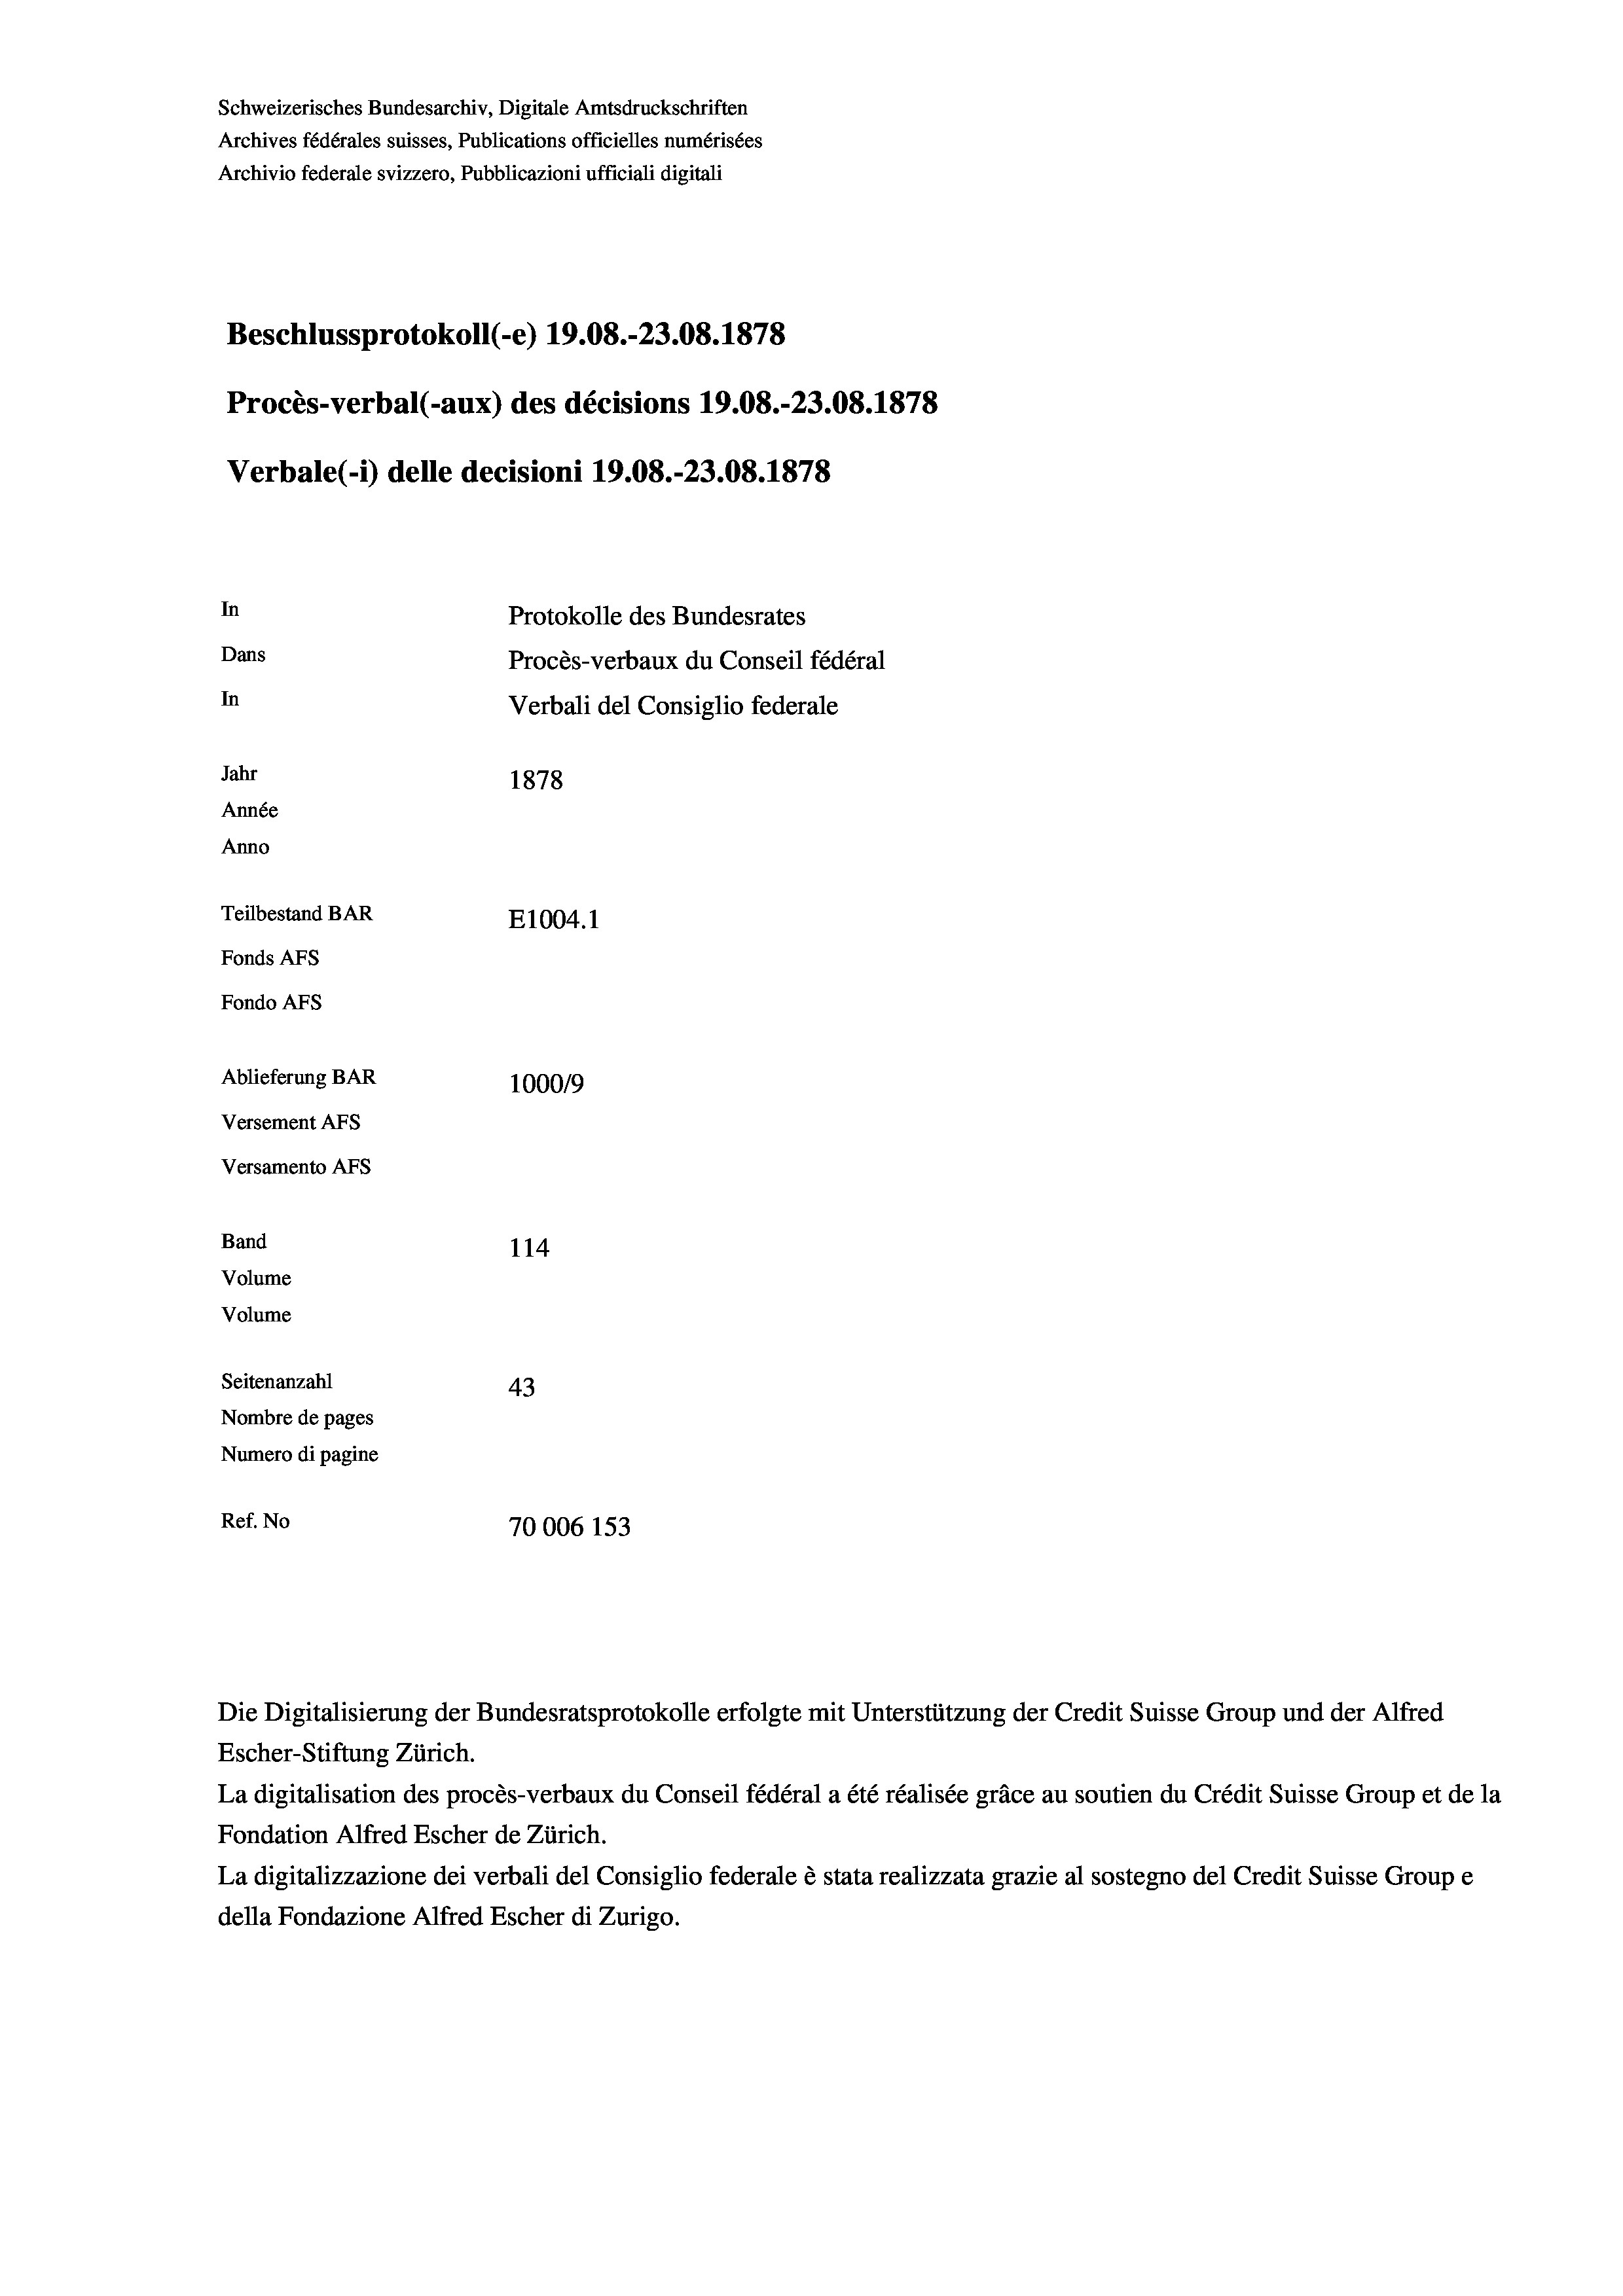
Beschlussprotokoll (-e) 19.08.-23.08. 1878
Procès-verbal (-aux) des décisions 19.08.-23.08. 1878
In
Protokolle des Bundesrates
Dans
Procès-verbaux du Conseil fédéral
In
Verbali del Consiglio federale
Jahr
1878
Année
Anno
Teilbestand BAR
E1004. 1
Fonds AFs
Fondo Afs
Ablieferung BAR
100019
Versement AFs
Versamento AFs

Band

114
Seitenanzahl
43
Nombre de pages
Numero di pagine
Ref. No
70006 153

Volume
Volume

Schweizerisches Bundesarchiv, Digitale Amtsdruckschriften
Archives fédérales suisses, Publications officielles numérisées
Archivio federale svizzero, Pubblicazioni ufficiali digitali

Verbale (- 1) delle decisioni 19.08.-23.08. 1878

Die Digitalisierung der Bundesratsprotokolle erfolgte mit Unterstützung der Credit Suisse Group und der Alfred
Escher-Stiftung Zürich.
La digitalisation des procès-verbaux du Conseil fédéral a été réalisée gräce au soutien du Crédit Suisse Group et de la
Fondation Alfred Escher de Zürich.
La digitalizzazione dei verbali del Consiglio federale è stata realizzata grazie al sostegno del Credit Suisse Groupe
della Fondazione Alfred Escher di Zurigo.